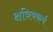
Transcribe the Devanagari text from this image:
क्षत्रियकर्म